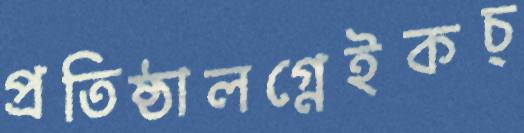
প্রতিষ্ঠালগ্নেইকচ্